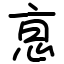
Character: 恴